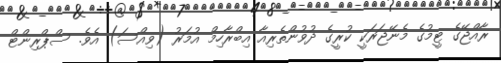
ރާއްޖޭގެ ޓީމުގެ މެނޭޖަރަކީ ކުރީގެ ދުވުންތެރިއާ އިބްރާހިމް އުމަރު (ވިއްސަ) އެވެ. ސްޕްރިންޓް